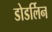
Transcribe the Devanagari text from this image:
डोडर्लिन